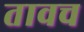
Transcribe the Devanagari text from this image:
तावच